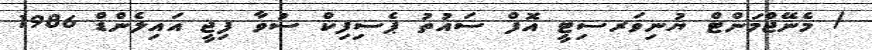
/ މެނޭޖްމަންޓް ޔުނިވަރސިޓީ އޮފް ސައުތު ޕެސިފިކް ސުވާ ފިޖީ އައިލެންޑް 1986